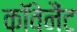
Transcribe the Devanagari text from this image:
काॅवेनैंट